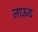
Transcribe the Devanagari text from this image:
लाऊड